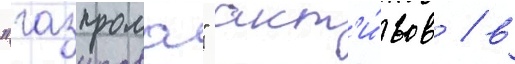
"газпрома" акт'и́вов / в